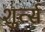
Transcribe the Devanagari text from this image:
शुर्त्स